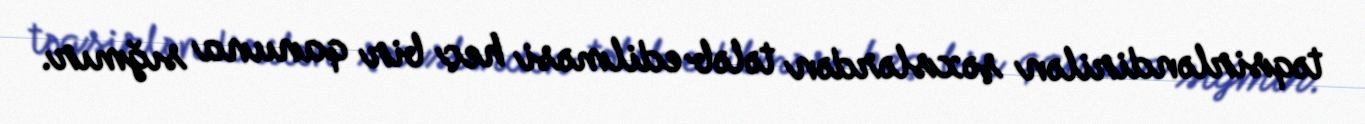
təqsirləndirilən şəxslərdən tələb edilməsi heç bir qanuna sığmır.